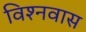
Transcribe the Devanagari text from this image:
विश्नवास